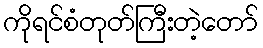
ကိုရင်စံတုတ်ကြီးတဲ့တော်